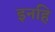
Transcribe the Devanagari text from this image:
इनहि